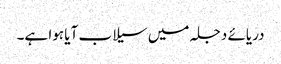
دریائے دجلہ میں سیلاب آیا ہوا ہے۔